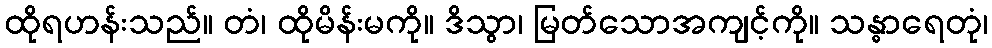
ထိုရဟန်းသည်။ တံ၊ ထိုမိန်းမကို။ ဒိသွာ၊ မြတ်သောအကျင့်ကို။ သန္ဓာရေတုံ၊